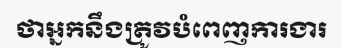
ថាអ្នកនឹងត្រូវបំពេញការងារ